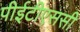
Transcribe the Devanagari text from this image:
पीईटीएससी